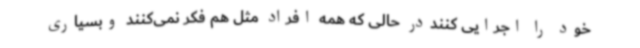
خود را اجرایی کننددر حالی که همه افراد مثل هم فکر نمی‌کنند وبسیاری